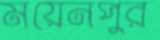
ময়েনপুর